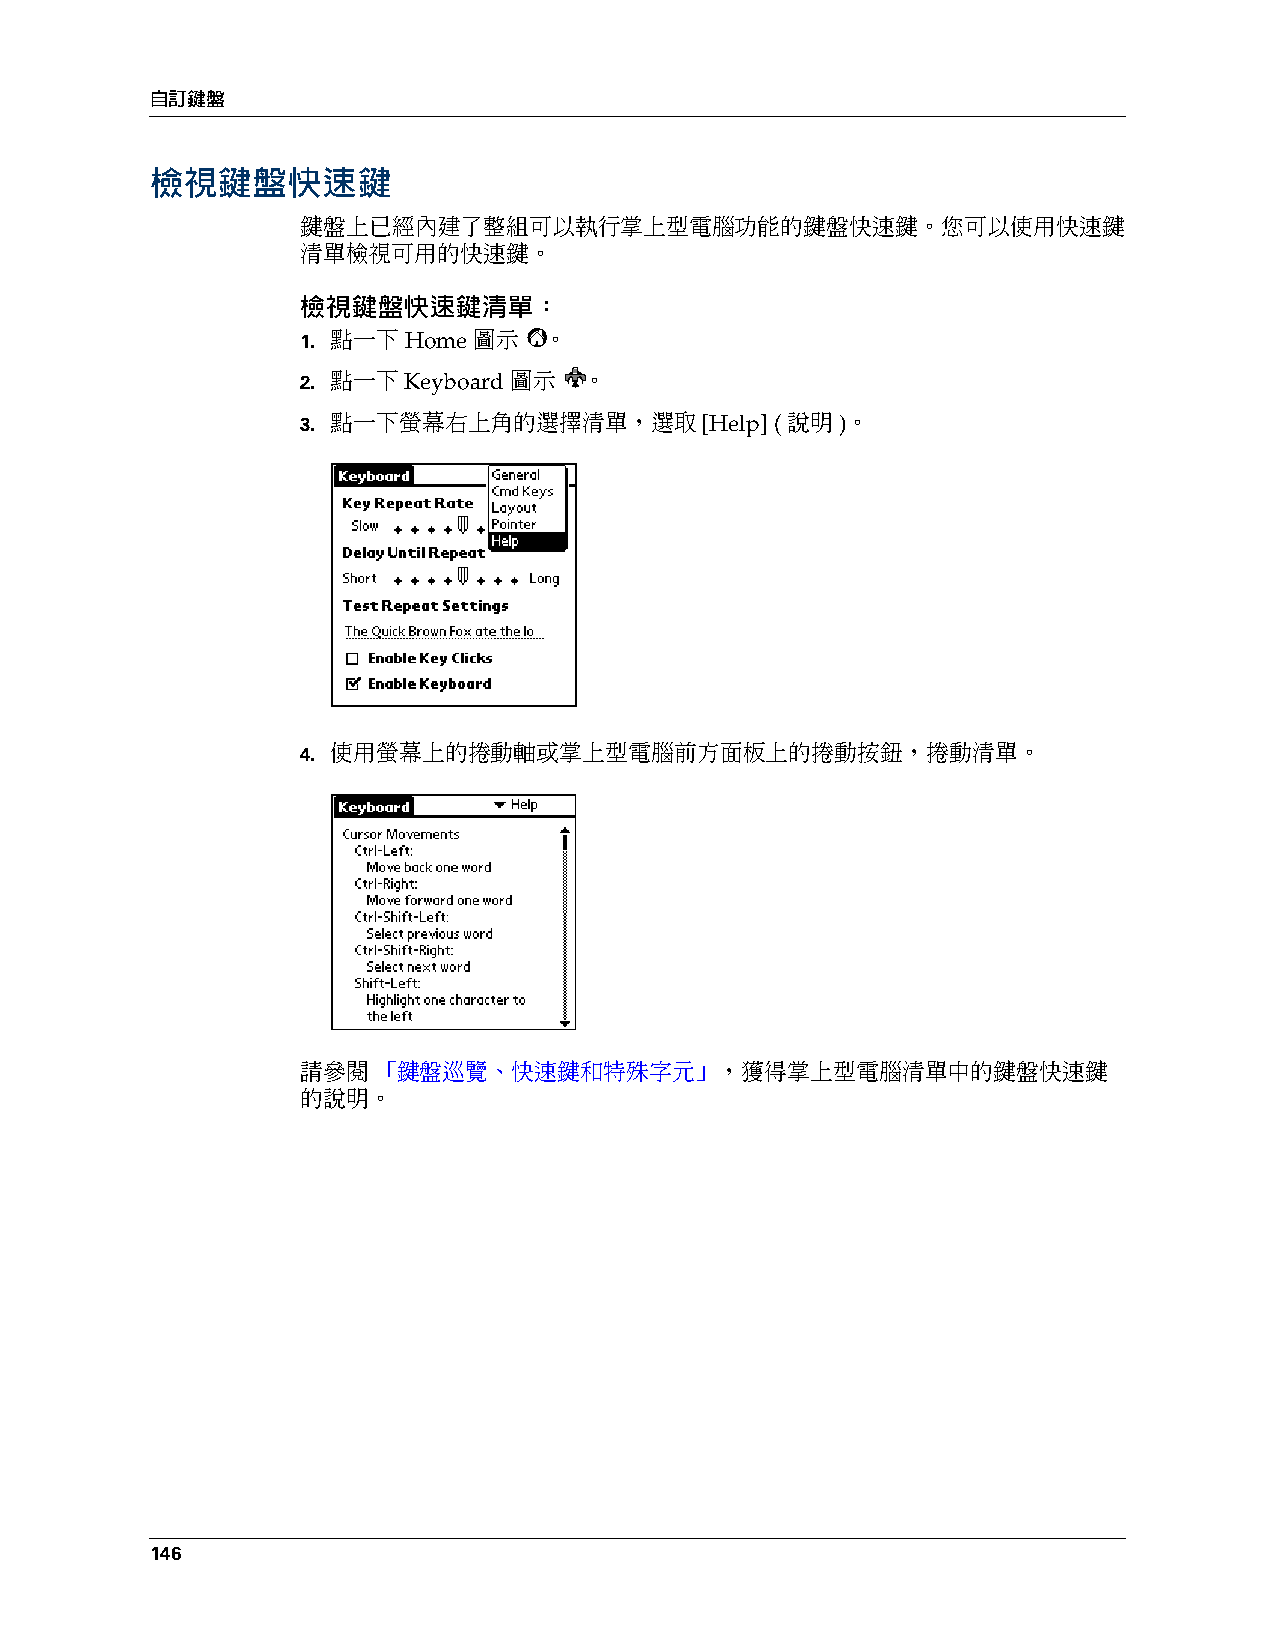
自訂鍵盤
 檢視鍵盤快速鍵
 鍵盤上已經內建了整組可以執行掌上型電腦功能的鍵盤快速鍵。您可以使用快速鍵
 清單檢視可用的快速鍵。
 檢視鍵盤快速鍵清單：
 1. 點一下 Home 圖示  。
 2. 點一下 Keyboard 圖示 。
 3. 點一下螢幕右上角的選擇清單，選取        [Help] (說明)。
 4. 使用螢幕上的捲動軸或掌上型電腦前方面板上的捲動按鈕，捲動清單。
 請參閱「鍵盤巡覽、快速鍵和特殊字元」          ，獲得掌上型電腦清單中的鍵盤快速鍵
 的說明。
 146